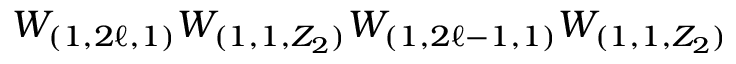
W _ { ( 1 , 2 \ell , 1 ) } W _ { ( 1 , 1 , Z _ { 2 } ) } W _ { ( 1 , 2 \ell - 1 , 1 ) } W _ { ( 1 , 1 , Z _ { 2 } ) }